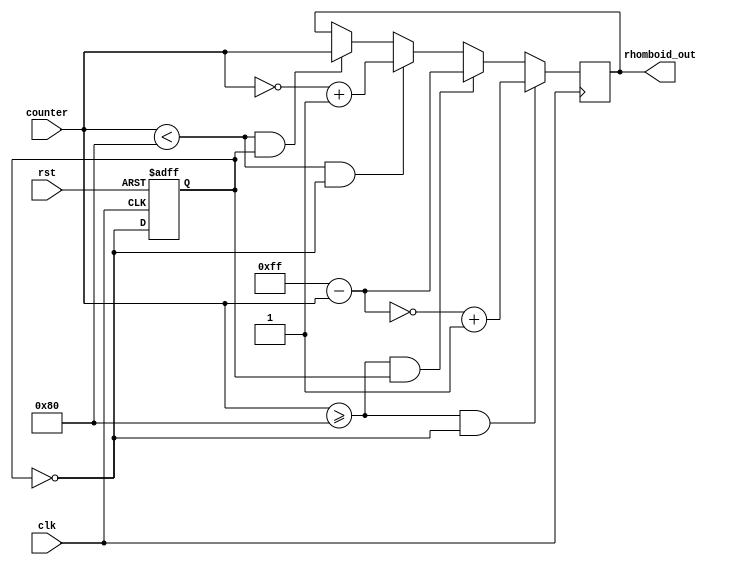
`timescale 1 ps/ 1 ps

module rhomboid_wave(clk,
                     rst,
                     counter,
                     rhomboid_out);
                   
   input clk,
         rst;
   input [7:0]  counter;
   output reg [7:0] rhomboid_out;
   
   reg toggle;

   always @(posedge clk, posedge rst) begin
        if (rst)
          toggle <= 1'b1;
        else
          toggle <= ~toggle;
   end
   
    always @(posedge clk) begin
        if (counter < 8'b10000000 && toggle) 
          rhomboid_out <= counter;
          
        if (counter < 8'b10000000 && ~toggle) 
          rhomboid_out <= ~counter + 1;
        
        if (counter >= 8'b10000000 && toggle)
          rhomboid_out <= 8'b11111111 - counter;
        
        if (counter >= 8'b10000000 && ~toggle)
          rhomboid_out <= ~(8'b11111111 - counter) + 1;  
   end
   
endmodule